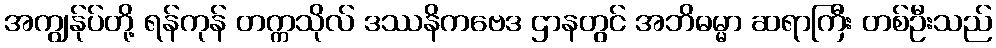
အကျွန်ုပ်တို့ ရန်ကုန် တက္ကသိုလ် ဒဿနိကဗေဒ ဌာနတွင် အဘိဓမ္မာ ဆရာကြီး တစ်ဦးသည်